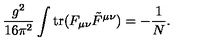
\frac { g ^ { 2 } } { 1 6 \pi ^ { 2 } } \int \mathrm { t r } ( F _ { \mu \nu } \tilde { F } ^ { \mu \nu } ) = - \frac { 1 } { N } .